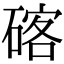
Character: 碦